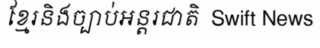
ខ្មែរនិងច្បាប់អន្តរជាតិ  Swift News